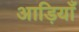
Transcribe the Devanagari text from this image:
आड़ियाँ